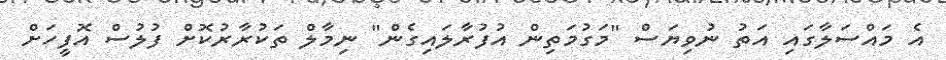
އެ މައްސަލާގައި އަތު ނުވިޔަސް "މަގުމަތިން އުފުރާލައިގެން" ނިމާލް ތަކުރާރުކޮށް ފުލުސް އޮފީހަށް